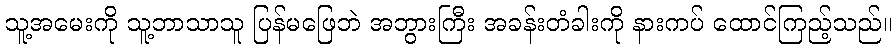
သူ့အမေးကို သူ့ဘာသာသူ ပြန်မဖြေဘဲ အဘွားကြီး အခန်းတံခါးကို နားကပ် ထောင်ကြည့်သည်။